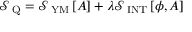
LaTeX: { \mathcal S } _ { \mathrm { \scriptsize ~ Q } } = { \mathcal S } _ { \mathrm { \scriptsize ~ Y M } } \left[ A \right] + \lambda { \mathcal S } _ { \mathrm { \scriptsize ~ I N T } } \left[ \phi , A \right]